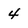
Character: 4